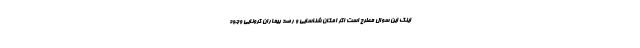
اینک این سوال مطرح است اگر امکان شناسایی و رصد بیماران کرونایی وجود